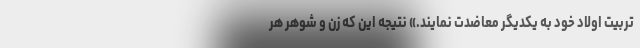
تربیت اولاد خود به یکدیگر معاضدت نمایند.» نتیجه این که زن و شوهر هر